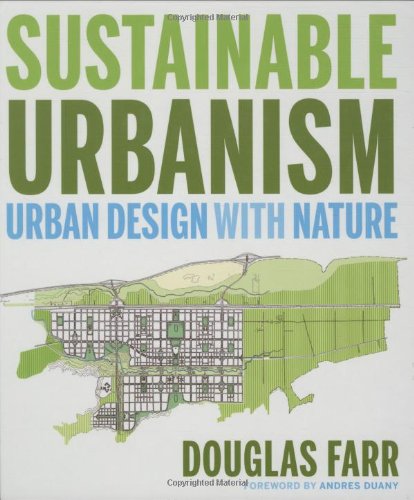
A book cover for Sustainable Urbanism: Urban Design With Nature; Douglas Farr; Arts & Photography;